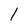
Character: l